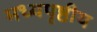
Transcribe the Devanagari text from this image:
मध्यपृष्ठीय